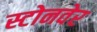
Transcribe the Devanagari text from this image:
स्टोनवेर